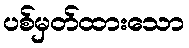
ပစ်မှတ်ထားသော